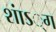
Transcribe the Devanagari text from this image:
शाऽं्ग